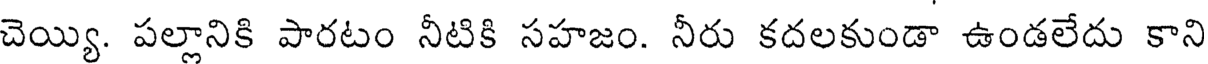
చెయ్యి. పల్లానికి పారటం నీటికి సహజం. నీరు కదలకుండా ఉండలేదు కాని